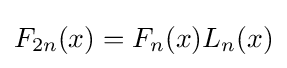
F_{2n}(x)=F_{n}(x)L_{n}(x)